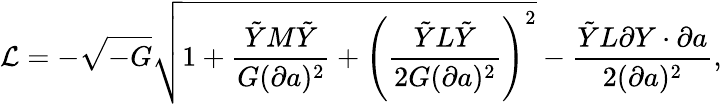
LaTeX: {\cal L}=-\sqrt{-G}\sqrt{1+{\frac{\tilde{Y}M\tilde{Y}}{G(\partial a)^{2}}}+\left({\frac{\tilde{Y}L\tilde{Y}}{2G(\partial a)^{2}}}\right)^{2}}-{\frac{\tilde{Y}L\partial Y\cdot\partial a}{2(\partial a)^{2}}},